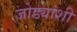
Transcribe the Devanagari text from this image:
जोड्यांशी